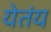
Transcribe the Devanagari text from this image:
येतंय